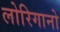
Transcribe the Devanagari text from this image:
लोरिगानो